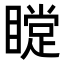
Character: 𥊰